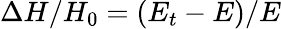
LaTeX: \Delta H/H_{0}=(E_{t}-E)/E